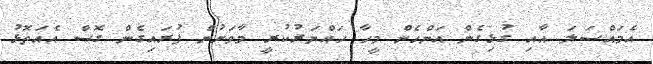
އެމައްސަލަ އާއި ގުޅިގެން އަންހެން މީހާ ހައްޔަރުކުރީ މާވަށުން ފުރައިގެން ގޮސް އެއަތޮޅު